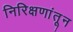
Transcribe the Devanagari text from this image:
निरिक्षणांतून